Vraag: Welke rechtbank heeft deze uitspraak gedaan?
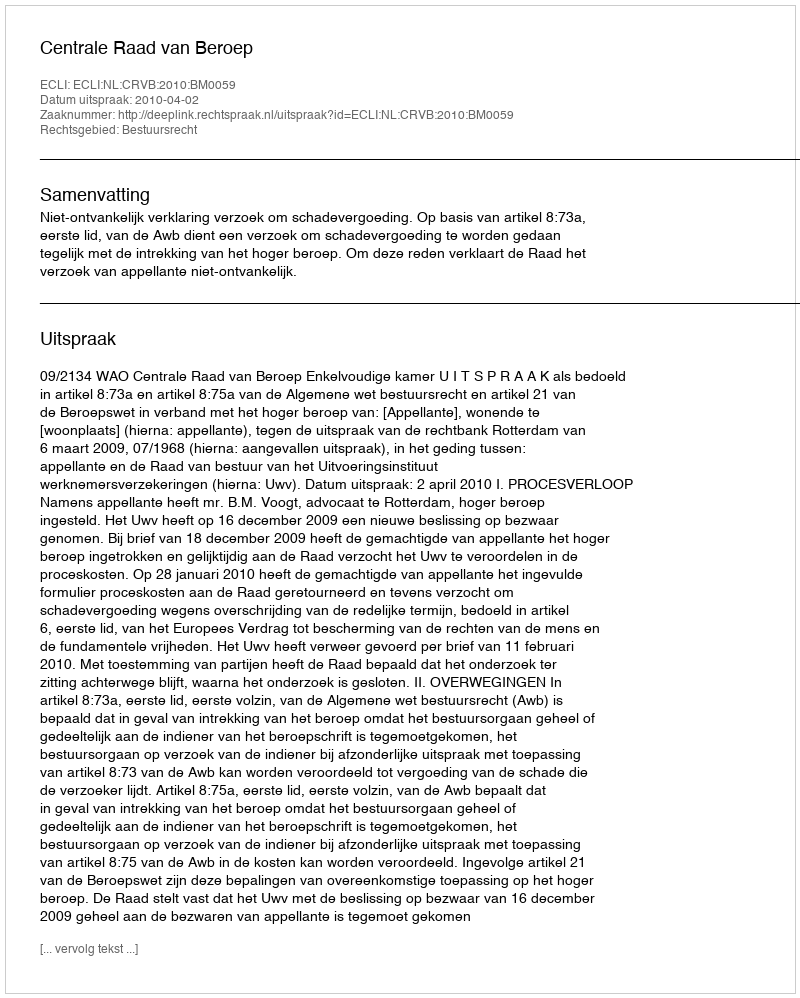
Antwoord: Centrale Raad van Beroep